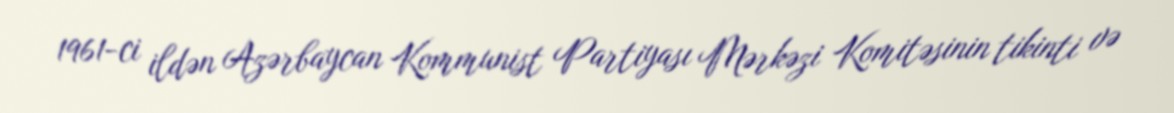
1961-ci ildən Azərbaycan Kommunist Partiyası Mərkəzi Komitəsinin tikinti və